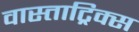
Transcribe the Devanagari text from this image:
वास्ताट्रिक्स